Scientific memoirs by medical officers of the Army of India - Part XII,
Year: 1901
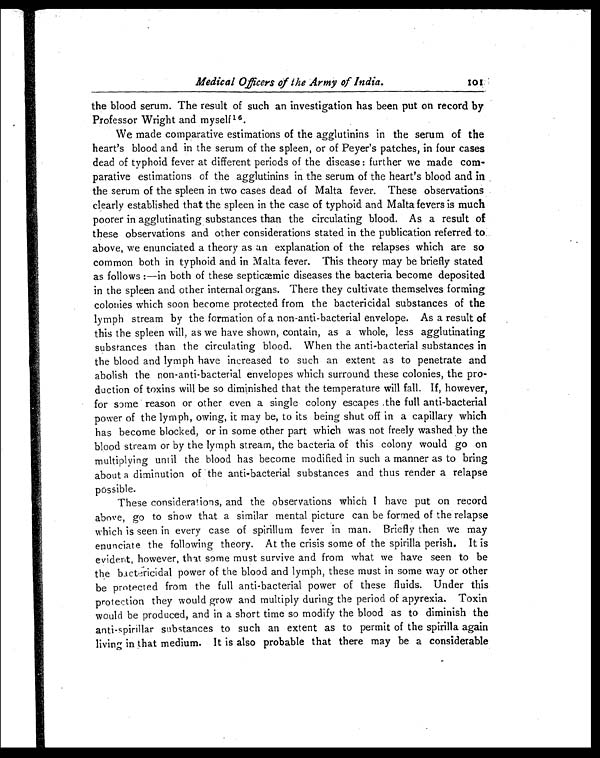
Medical Officers of the Army of India.
101
the blood serum. The result of such an investigation has been put on record by
Professor Wright and myself 16.
We made comparative estimations of the agglutinins in the serum of the
heart's blood and in the serum of the spleen, or of Peyer's patches, in four cases
dead of typhoid fever at different periods of the disease : further we made com-
parative estimations of the agglutinins in the serum of the heart's blood and in
the serum of the spleen in two cases dead of Malta fever. These observations
clearly established that the spleen in the case of typhoid and Malta fevers is much
poorer in agglutinating substances than the circulating blood. As a result of
these observations and other considerations stated in the publication referred to
above, we enunciated a theory as an explanation of the relapses which are so
common both in typhoid and in Malta fever. This theory may be briefly stated
as follows :—in both of these septicæmic diseases the bacteria become deposited
in the spleen and other internal organs. There they cultivate themselves forming
colonies which soon become protected from the bactericidal substances of the
lymph stream by the formation of a non-anti-bacterial envelope. As a result of
this the spleen will, as we have shown, contain, as a whole, less agglutinating
substances than the circulating blood. When the anti-bacterial substances in
the blood and lymph have increased to such an extent as to penetrate and
abolish the non-anti-bacterial envelopes which surround these colonies, the pro-
duction of toxins will be so diminished that the temperature will fall. If, however,
for some reason or other even a single colony escapes the full anti-bacterial
power of the lymph, owing, it may be, to its being shut off in a capillary which
has become blocked, or in some other part which was not freely washed by the
blood stream or by the lymph stream, the bacteria of this colony would go on
multiplying until the blood has become modified in such a manner as to bring
about a diminution of the anti-bacterial substances and thus render a relapse
possible.
These considerations, and the observations which I have put on record
above, go to show that a similar mental picture can be formed of the relapse
which is seen in every case of spirillum fever in man. Briefly then we may
enunciate the following theory. At the crisis some of the spirilla perish. It is
evident, however, that some must survive and from what we have seen to be
the bactericidal power of the blood and lymph, these must in some way or other
be protected from the full anti-bacterial power of these fluids. Under this
protection they would grow and multiply during the period of apyrexia. Toxin
would be produced, and in a short time so modify the blood as to diminish the
anti-spirillar substances to such an extent as to permit of the spirilla again
living in that medium. It is also probable that there may be a considerable